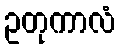
ဥတုကာလံ